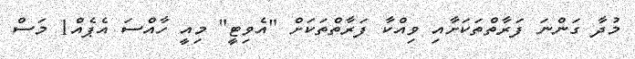
މުދާ ގަންނަ ފަރާތްތަކަށާއި ވިއްކާ ފަރާތްތަކަށް "އެވިޓީ" މިއީ ހާއްސަ އެޕެއް1 މަސް